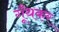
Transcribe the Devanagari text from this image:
गूँथकर